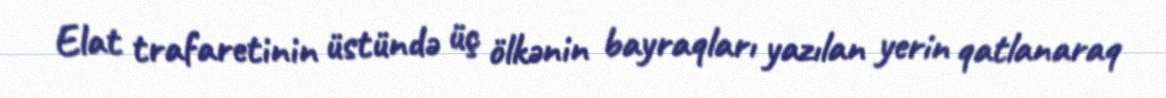
Elat trafaretinin üstündə üç ölkənin bayraqları yazılan yerin qatlanaraq